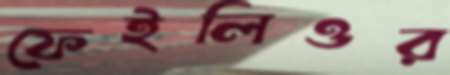
ফেইলিওর